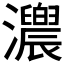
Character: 𤅁